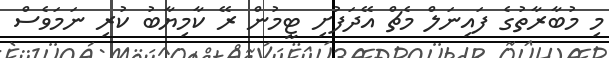
މި މުބާރާތުގެ ފައިނަލް މެޗް އޭދަފުށި ޓީމުން ރޭ ކާމިޔާބު ކުރި ނަމަވެސް